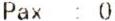
PAX : 0